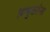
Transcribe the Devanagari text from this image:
विमुक्तांना